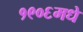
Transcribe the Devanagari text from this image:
१९०६मधे